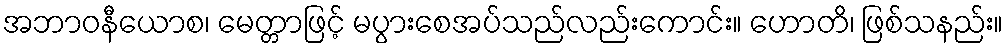
အဘာဝနီယောစ၊ မေတ္တာဖြင့် မပွားစေအပ်သည်လည်းကောင်း။ ဟောတိ၊ ဖြစ်သနည်း။